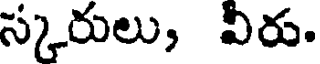
స్కరులు, వీరు.